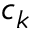
c _ { k }